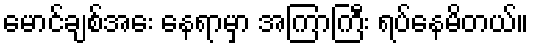
မောင်ချစ်အေး နေရာမှာ အကြာကြီး ရပ်နေမိတယ်။